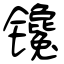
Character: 镵